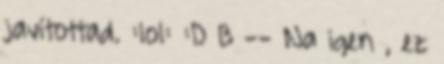
javítottad. :lol: :D B -- Na igen , ez